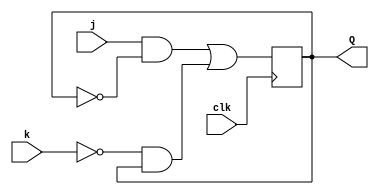
module JKflipflop(j,k,clk,Q);
  input j,k,clk;
  output Q;
  reg Q;
  //wire q;
    
  always @  (posedge clk)
  begin
    Q <= (j & ~Q) | (~k & Q);
  end

endmodule